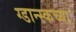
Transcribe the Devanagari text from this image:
ग्डान्स्कच्या